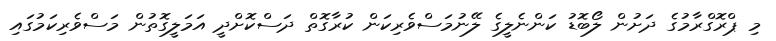
މި ޕްރޮގްރާމުގެ ދަށުން ލޯބޮޑު ކަންނެލީގެ ލޭނުމަސްވެރިކަން ކުރާގޮތް ދަސްކޮށްދީ އަމަލީގޮތުން މަސްވެރިކަމުގައި